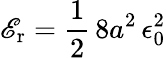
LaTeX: \mathscr{E}_{\mathrm{{r}}}={\frac{{1}}{{2}}}\, 8a^{2}\, \epsilon_{0}^{2}